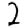
Digit: 2